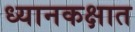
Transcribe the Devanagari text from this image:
ध्यानकक्षात